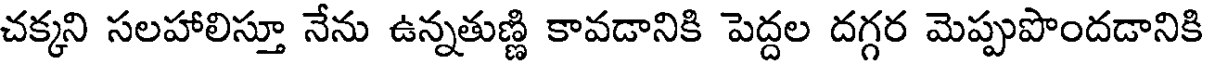
చక్కని సలహాలిస్తూ నేను ఉన్నతుణ్ణి కావడానికి పెద్దల దగ్గర మెప్పుపొందడానికి